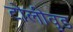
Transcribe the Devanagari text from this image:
टोलीवुड